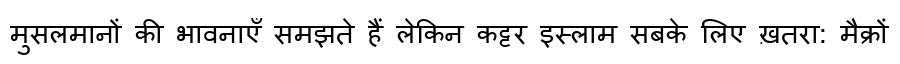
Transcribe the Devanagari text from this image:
मुसलमानों की भावनाएँ समझते हैं लेकिन कट्टर इस्लाम सबके लिए ख़तरा: मैक्रों